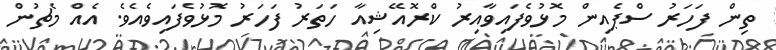
ތިން ފަހަރު ސްޕެއިން މޮޅުވެފައިވާއިރު ކްރޮއޭޝިއާ ހަތަރު ފަހަރު މޮޅުވެފައިވެއެވެ. އެއް މެޗުން